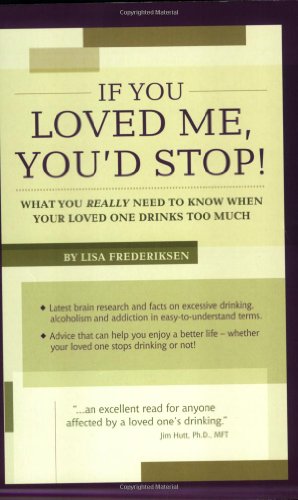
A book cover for If You Loved Me, You'd Stop! What You Really Need to Know When Your Loved One Drinks Too Much; Lisa Frederiksen; Self-Help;